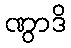
ဏွာဒိ